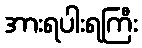
အားရပါးရကြီး